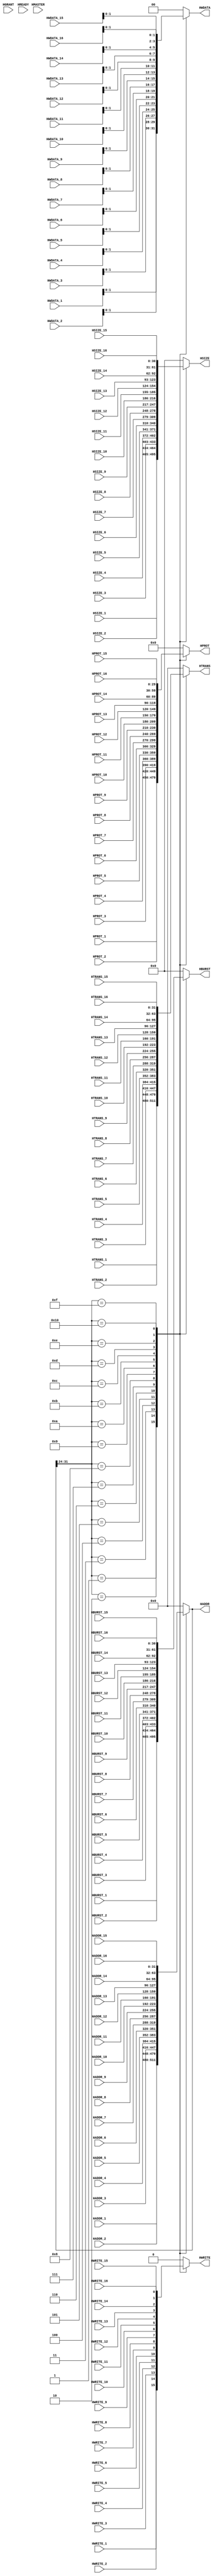
module master_multiplexer #(parameter WIDTH = 32) (
  input wire HGRANT,
  input wire [WIDTH-31:0] HMASTER,
  input wire [WIDTH-1:0] HREADY,
  input wire [WIDTH-1:0] HADDR_1, HADDR_2, HADDR_3, HADDR_4, HADDR_5, HADDR_6, HADDR_7, HADDR_8, HADDR_9, HADDR_10, HADDR_11, HADDR_12, HADDR_13, HADDR_14, HADDR_15, HADDR_16,
  input wire [WIDTH-1:0] HTRANS_1, HTRANS_2, HTRANS_3, HTRANS_4, HTRANS_5, HTRANS_6, HTRANS_7, HTRANS_8, HTRANS_9, HTRANS_10, HTRANS_11, HTRANS_12, HTRANS_13, HTRANS_14, HTRANS_15, HTRANS_16,
  input wire HWRITE_1, HWRITE_2, HWRITE_3, HWRITE_4, HWRITE_5, HWRITE_6, HWRITE_7, HWRITE_8, HWRITE_9, HWRITE_10, HWRITE_11, HWRITE_12, HWRITE_13, HWRITE_14, HWRITE_15, HWRITE_16,
  input wire [WIDTH-2:0] HSIZE_1, HSIZE_2, HSIZE_3, HSIZE_4, HSIZE_5, HSIZE_6, HSIZE_7, HSIZE_8, HSIZE_9, HSIZE_10, HSIZE_11, HSIZE_12, HSIZE_13, HSIZE_14, HSIZE_15, HSIZE_16,
  input wire [WIDTH-2:0] HBURST_1, HBURST_2, HBURST_3, HBURST_4, HBURST_5, HBURST_6, HBURST_7, HBURST_8, HBURST_9, HBURST_10, HBURST_11, HBURST_12, HBURST_13, HBURST_14, HBURST_15, HBURST_16,
  input wire [WIDTH-3:0] HPROT_1, HPROT_2, HPROT_3, HPROT_4, HPROT_5, HPROT_6, HPROT_7, HPROT_8, HPROT_9, HPROT_10, HPROT_11, HPROT_12, HPROT_13, HPROT_14, HPROT_15, HPROT_16,
  input wire [WIDTH-1:0] HWDATA_1, HWDATA_2, HWDATA_3, HWDATA_4, HWDATA_5, HWDATA_6, HWDATA_7, HWDATA_8, HWDATA_9, HWDATA_10, HWDATA_11, HWDATA_12, HWDATA_13, HWDATA_14, HWDATA_15, HWDATA_16,
  output reg [WIDTH-1:0] HADDR,
  output reg [WIDTH-1:0] HTRANS,
  output reg HWRITE,
  output reg [WIDTH-2:0] HSIZE,
  output reg [WIDTH-2:0] HBURST,
  output reg [WIDTH-3:0] HPROT,
  output reg [WIDTH-31:0] HWDATA
);
always @ (*)
begin
  case(HADDR[31:24])
    8'h01: begin
		HADDR = HADDR_1;
		HTRANS = HTRANS_1;
		HWRITE = HWRITE_1;
		HSIZE = HSIZE_1;
		HBURST = HBURST_1;
		HPROT = HPROT_1;
		HWDATA = HWDATA_1;
	   end
    8'h02: begin
		HADDR = HADDR_2;
		HTRANS = HTRANS_2;
		HWRITE = HWRITE_2;
		HSIZE = HSIZE_2;
		HBURST = HBURST_2;
		HPROT = HPROT_2;
		HWDATA = HWDATA_2; 
	   end
    8'h03: begin
		HADDR = HADDR_3;
		HTRANS = HTRANS_3;
		HWRITE = HWRITE_3;
		HSIZE = HSIZE_3;
		HBURST = HBURST_3;
		HPROT = HPROT_3;
		HWDATA = HWDATA_3; 
	   end
    8'h04: begin
		HADDR = HADDR_4;
		HTRANS = HTRANS_4;
		HWRITE = HWRITE_4;
		HSIZE = HSIZE_4;
		HBURST = HBURST_4;
		HPROT = HPROT_4;
		HWDATA = HWDATA_4; 
	   end
    8'h05: begin
		HADDR = HADDR_5;
		HTRANS = HTRANS_5;
		HWRITE = HWRITE_5;
		HSIZE = HSIZE_5;
		HBURST = HBURST_5;
		HPROT = HPROT_5;
		HWDATA = HWDATA_5;
	   end
    8'h06: begin
		HADDR = HADDR_6;
		HTRANS = HTRANS_6;
		HWRITE = HWRITE_6;
		HSIZE = HSIZE_6;
		HBURST = HBURST_6;
		HPROT = HPROT_6;
		HWDATA = HWDATA_6;
	   end
    8'h07: begin
		HADDR = HADDR_7;
		HTRANS = HTRANS_7;
		HWRITE = HWRITE_7;
		HSIZE = HSIZE_7;
		HBURST = HBURST_7;
		HPROT = HPROT_7;
		HWDATA = HWDATA_7;
	   end
    8'h08: begin
		HADDR = HADDR_8;
		HTRANS = HTRANS_8;
		HWRITE = HWRITE_8;
		HSIZE = HSIZE_8;
		HBURST = HBURST_8;
		HPROT = HPROT_8;
		HWDATA = HWDATA_8;
	   end
    8'h09: begin
		HADDR = HADDR_9;
		HTRANS = HTRANS_9;
		HWRITE = HWRITE_9;
		HSIZE = HSIZE_9;
		HBURST = HBURST_9;
		HPROT = HPROT_9;
		HWDATA = HWDATA_9;
	   end
    8'h0a: begin
		HADDR = HADDR_10;
		HTRANS = HTRANS_10;
		HWRITE = HWRITE_10;
		HSIZE = HSIZE_10;
		HBURST = HBURST_10;
		HPROT = HPROT_10;
		HWDATA = HWDATA_10;
	   end
    8'h0b: begin
		HADDR = HADDR_11;
		HTRANS = HTRANS_11;
		HWRITE = HWRITE_11;
		HSIZE = HSIZE_11;
		HBURST = HBURST_11;
		HPROT = HPROT_11;
		HWDATA = HWDATA_11;
	   end
    8'h0c: begin
		HADDR = HADDR_12;
		HTRANS = HTRANS_12;
		HWRITE = HWRITE_12;
		HSIZE = HSIZE_12;
		HBURST = HBURST_12;
		HPROT = HPROT_12;
		HWDATA = HWDATA_12;
	   end
    8'h0d: begin
		HADDR = HADDR_13;
		HTRANS = HTRANS_13;
		HWRITE = HWRITE_13;
		HSIZE = HSIZE_13;
		HBURST = HBURST_13;
		HPROT = HPROT_13;
		HWDATA = HWDATA_13; 

	   end
    8'h0e: begin
		HADDR = HADDR_14;
		HTRANS = HTRANS_14;
		HWRITE = HWRITE_14;
		HSIZE = HSIZE_14;
		HBURST = HBURST_14;
		HPROT = HPROT_14;
		HWDATA = HWDATA_14; 
	   end
    8'h0f: begin
		HADDR = HADDR_15;
		HTRANS = HTRANS_15;
		HWRITE = HWRITE_15;
		HSIZE = HSIZE_15;
		HBURST = HBURST_15;
		HPROT = HPROT_15;
		HWDATA = HWDATA_15; 
	   end
    8'h10: begin
		HADDR = HADDR_16;
		HTRANS = HTRANS_16;
		HWRITE = HWRITE_16;
		HSIZE = HSIZE_16;
		HBURST = HBURST_16;
		HPROT = HPROT_16;
		HWDATA = HWDATA_16;
	   end
    default:begin
		HADDR = 0;
		HTRANS = 0;
		HWRITE = 0;
		HSIZE = 0;
		HBURST = 0;
		HPROT = 0;
		HWDATA = 0;
	   end
  endcase
end
endmodule